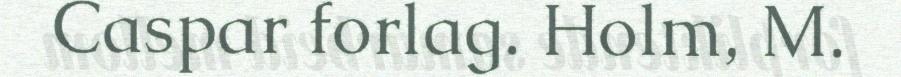
Caspar forlag. Holm, M.